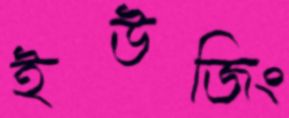
ইউজিং